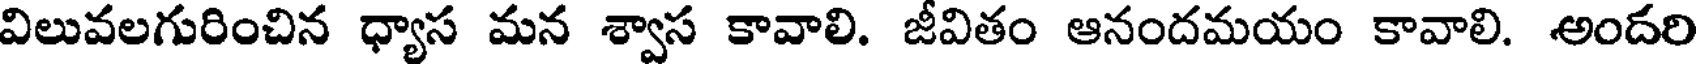
విలువలగురించిన ధ్యాస మన శ్వాస కావాలి. జీవితం ఆనందమయం కావాలి. అందరి